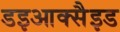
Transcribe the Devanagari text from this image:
डइआक्सैइड